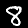
Label: 8